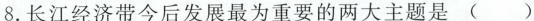
8.长江经济带今后发展最为重要的两大主题是 （ ）